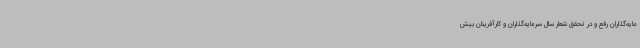
مایه‌گذاران رفع و در تحقق شعار سال سرمایه‌گذاران و کارآفرینان بیش